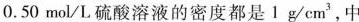
0.50mol/L硫酸溶液的密度都是1g/cm^{3}，中